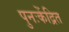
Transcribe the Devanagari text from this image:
पुनःकेंद्रित